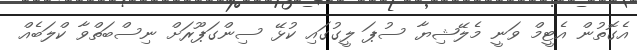
އެގޮތުން އެޓީމް ވަނީ މެލޭޝިޔާ ސުޕަ ލީގުގައި ކުޅޭ ސިންގަޕޫރަށް ނިސްބަތްވާ ކްލަބެއް